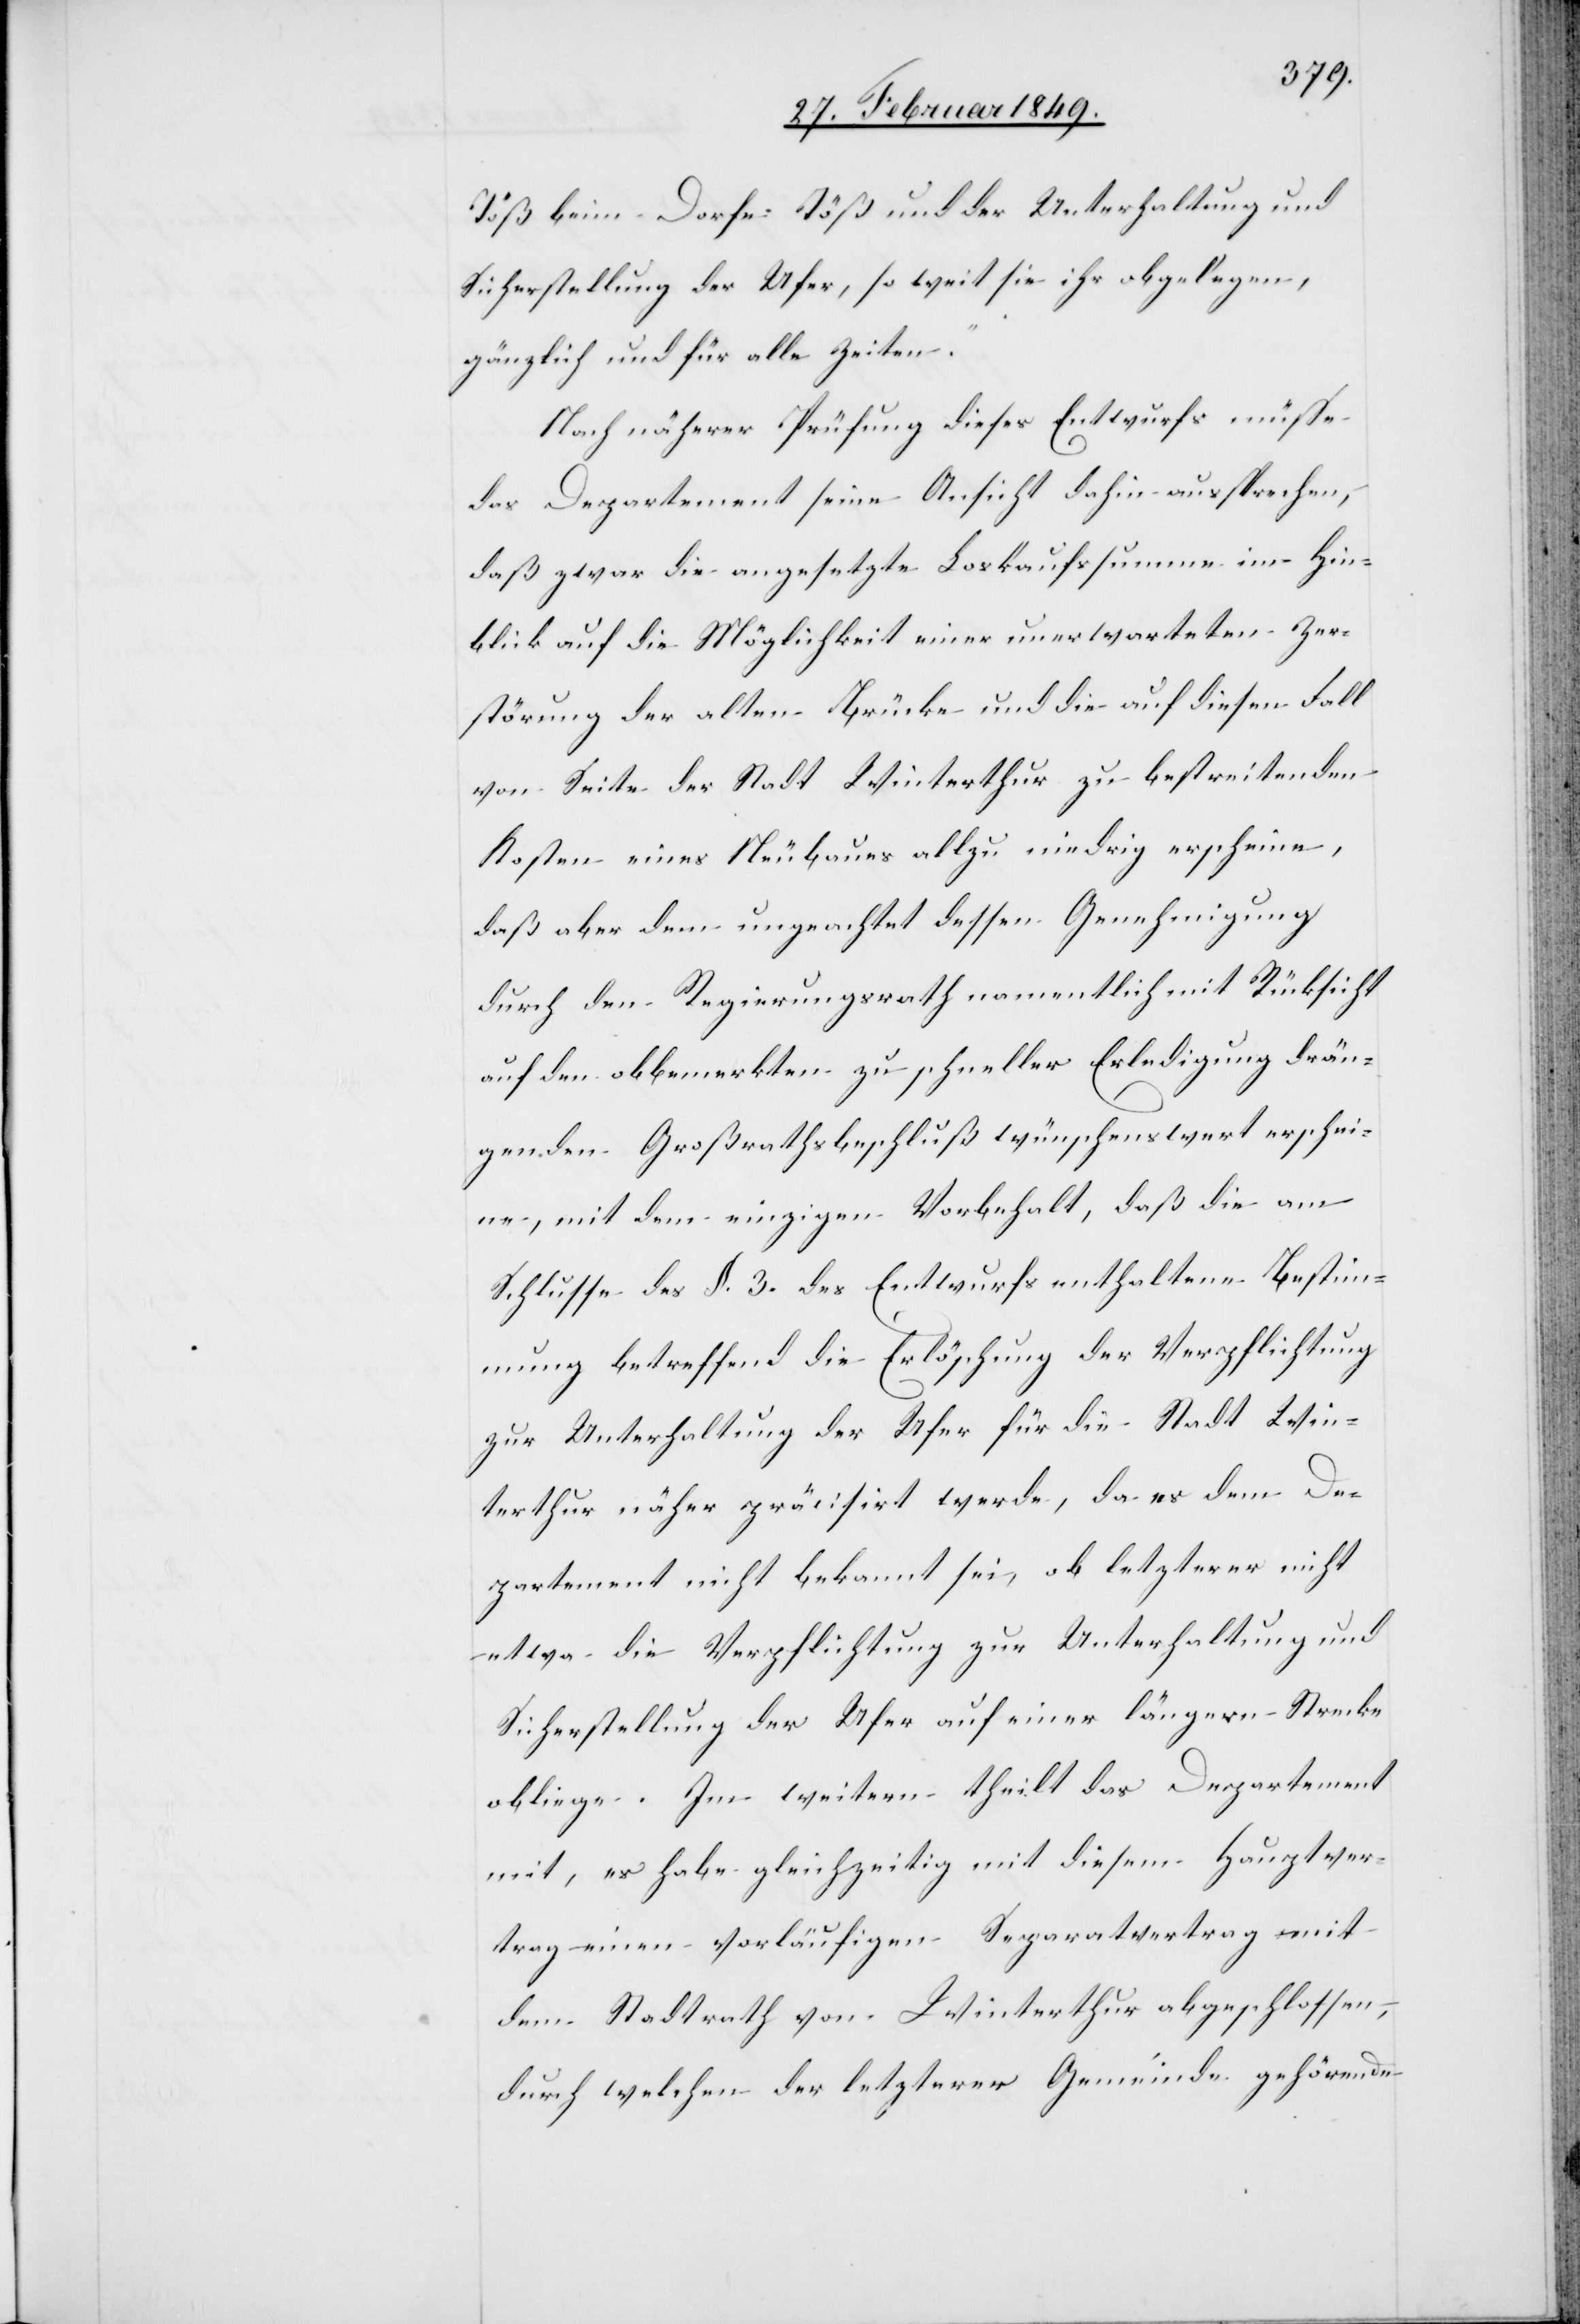
Töß beim Dorfe Töß und der Unterhaltung und
Sicherstellung der Ufer, so weit sie ihr obgelegen,
gänzlich und für alle Zeiten.
Nach näherer Prüfung dieses Entwurfs müsse
das Departement seine Ansicht dahin aussprechen,
daß zwar die angesetzte Loskaufssumme im Hin¬
blick auf die Möglichkeit einer unerwarteten Zer¬
störung der alten Brücke und die auf diesen Fall
von Seite der Stadt Winterthur zu bestreitenden
Kosten eines Neubaues allzu niedrig erscheine,
daß aber dem ungeachtet dessen Genehmigung
durch den Regierungsrath namentlich mit Rücksicht
auf den obbemerkten zu schneller Erledigung drän¬
genden Großrathsbeschluß wünschenswert erschei¬
ne, mit dem einzigen Vorbehalt, daß die am
Schlusse des §. 3. des Entwurfs enthaltene Bestimm¬
ung betreffend die Erlöschung der Verpflichtung
zur Unterhaltung der Ufer für die Stadt Win¬
terthur näher präcisirt werde, da es dem De¬
partement nicht bekannt sei, ob letzterer nicht
etwa die Verpflichtung zur Unterhaltung und
Sicherstellung der Ufer auf einer längern Strecke
obliege. Im weitern theilt das Departement
mit, es habe gleichzeitig mit diesem Hauptver¬
trag einen vorläufigen Separatvertrag mit
dem Stadtrath von Winterthur abgeschlossen,
durch welchen der letzterer Gemeinde gehörende